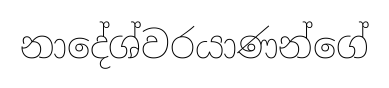
නාදේශ්වරයාණන්ගේ